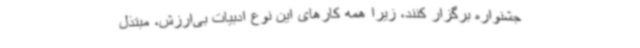
جشنواره برگزار کنند، زیرا همه کارهای این نوع ادبیات بی‌ارزش، مبتذل